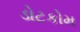
ડોટકોમ